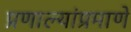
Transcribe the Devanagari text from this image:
प्रणाल्यांप्रमाणे